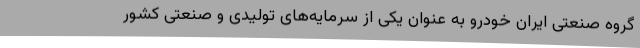
گروه صنعتی ایران خودرو به عنوان یکی از سرمایه‌های تولیدی و صنعتی کشور